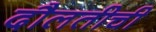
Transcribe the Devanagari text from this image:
दौलतीची